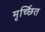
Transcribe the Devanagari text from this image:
मृर्च्छित